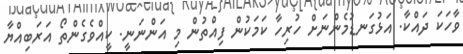
ވާހަކަ ދައްކާ. އަޅުގަނޑުމެންނަށް ހުރިހާ ކަމަކުން ފިއްތުން މި އަންނަނީ. ކީއްވެގެންތޯ އަރަބިއްޔާ